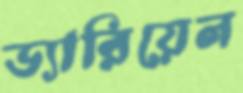
ড্যারিয়েল